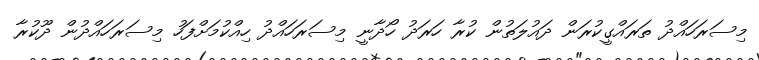
މިސަރަހައްދު ތަރައްގީކުރަން ދައުލަތުން ކުރާ ހަރަދު ހޯދާނީ މިސަރަހައްދު ހިއްކުމަށްފަހު މިސަރަހައްދުން ދޫކުރާ